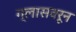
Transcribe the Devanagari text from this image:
ग्लासवरून